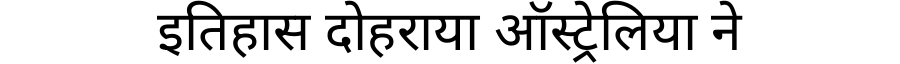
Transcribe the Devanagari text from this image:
इतिहास दोहराया ऑस्ट्रेलिया ने